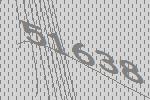
51638